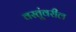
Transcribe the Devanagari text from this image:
वस्तूंवरील